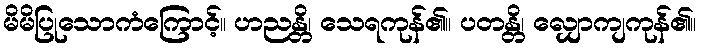
မိမိပြုသောကံကြောင့်။ ဟညန္တိ၊ သေရကုန်၏။ ပတန္တိ၊ လျှောကျကုန်၏။